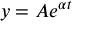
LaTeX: y = A e ^ { \alpha t }